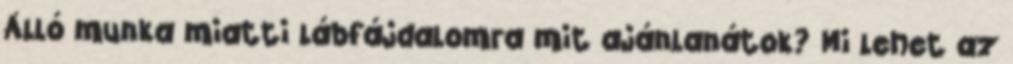
Álló munka miatti lábfájdalomra mit ajánlanátok? Mi lehet az